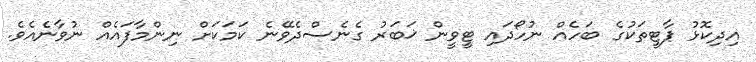
އިދިކޮޅު ޕާޓީތަކުގެ ބަހެއް ނުހޯދައި ޓީވީން ޚަބަރު ގެނެސްދެވޭނެ ކަމަކަށް ނިންމާފައެއް ނުވާނެއެވެ.